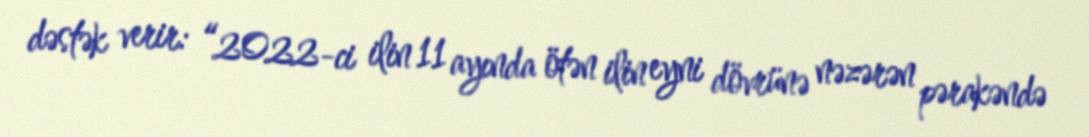
dəstək verir: “2022-ci ilin 11 ayında ötən ilin eyni dövrünə nəzərən pərakəndə